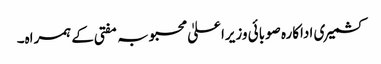
کشمیری اداکارہ صوبائی وزیراعلیٰ محبوبہ مفتی کے ہمراہ۔